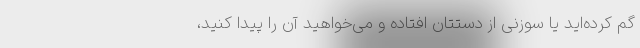
گم کرده‌اید یا سوزنی از دستتان افتاده و می‌خواهید آن را پیدا کنید،